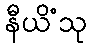
နီယိံသု